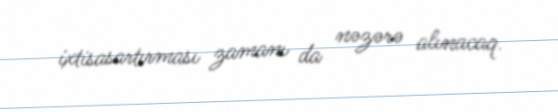
ixtisasartırması zamanı da nəzərə alınacaq.